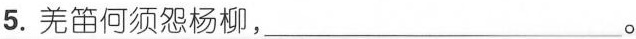
5.羌笛何须怨杨柳，___。